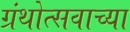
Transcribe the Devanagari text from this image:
ग्रंथोत्सवाच्या